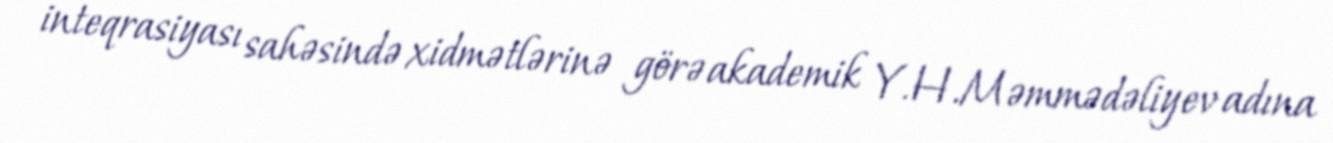
inteqrasiyası sahəsində xidmətlərinə görə akademik Y.H.Məmmədəliyev adına